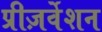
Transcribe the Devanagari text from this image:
प्रीज़र्वेशन